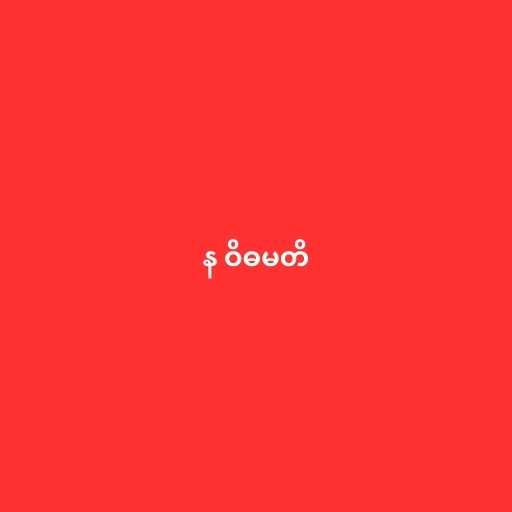
န ဝိဓမတိ